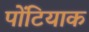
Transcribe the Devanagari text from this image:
पोंटियाक